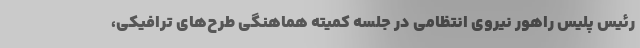
رئیس پلیس راهور نیروی انتظامی در جلسه کمیته هماهنگی طرح‌های ترافیکی،